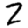
Digit: 2